Museums and galleries and the schools, 1932
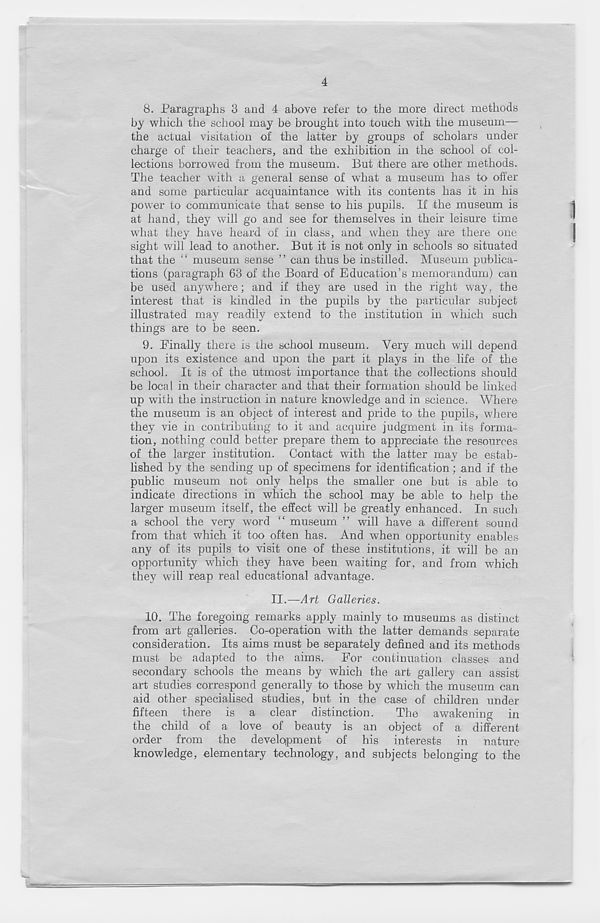
4
8. Paragraphs 3 and 4 above refer to the more direct methods
by which the school may be brought into touch with the museum—
the actual visitation of the latter by groups of scholars under
charge of their teachers, and the exhibition in the school of col-
lections borrowed from the museum. But there are other methods.
The teacher with a general sense of what a museum has to offer
and some particular acquaintance with its contents has it in his
power to communicate that sense to his pupils. If the museum is
at hand, they will go and see for themselves in their leisure time
what they have heard of in class, and when they are there one
sight will lead to another. But it is not only in schools so situated
that the “ museum sense ” can thus be instilled. Museum publica-
tions (paragraph 63 of the Board of Education’s memorandum) can
be used anywhere; and if they are used in the right way, the
interest that is kindled in the pupils by the particular subject
illustrated may readily extend to the institution in which such
things are to be seen.
9. Finally there is the school museum. Very much will depend
upon its existence and upon the part it plays in the life of the
school. It is of the utmost importance that the collections should
be local in their character and that their formation should be linked
up with the instruction in nature knowledge and in science. Where
the museum is an object of interest and pride to the pupils, where
they vie in contributing to it and acquire judgment in its forma-
tion, nothing could better prepare them to appreciate the resources
of the larger institution. Contact with the latter may be estab-
lished by the sending up of specimens for identification; and if the
public museum not only helps the smaller one but is able to
indicate directions in which the school may be able to help the
larger museum itself, the effect will be greatly enhanced. In such
a school the very word “ museum ” will have a different sound
from that which it too often has. And when opportunity enables
any of its pupils to visit one of these institutions, it will be an
opportunity which they have been waiting for, and from which
they will reap real educational advantage.
II.—Art Galleries.
10. The foregoing remarks apply mainly to museums as distinct
from art galleries. Co-operation with the latter demands separate
consideration. Its aims must be separately defined and its methods
must be adapted to the aims. For continuation classes and
secondary schools the means by which the art gallery can assist
art studies correspond generally to those by which the museum can
aid other specialised studies, but in the case of children under
fifteen there is a clear distinction.
The awakening in
the child of a love of beauty is an object of a different
order from the develqpment of his interests in nature
knowledge, elementary technology, and subjects belonging to the